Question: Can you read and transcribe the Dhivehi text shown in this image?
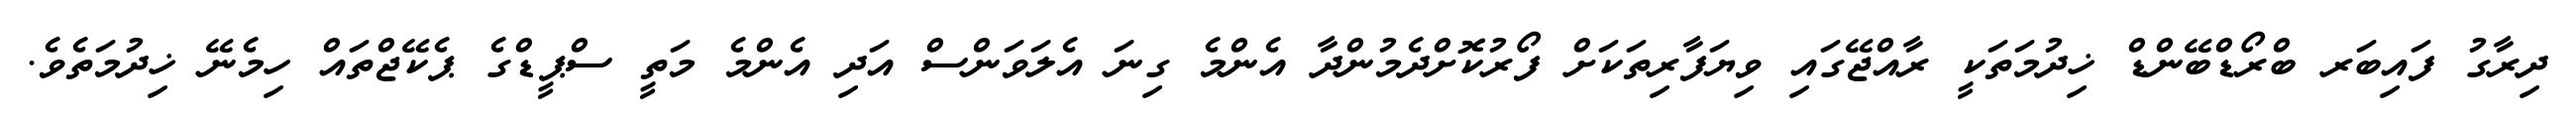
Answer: ދިރާގު ފައިބަރ ބްރޯޑްބޭންޑް ޚިދުމަތަކީ ރާއްޖޭގައި ވިޔަފާރިތަކަށް ފޯރުކޮށްދެމުންދާ އެންމެ ގިނަ އެލަވަންސް އަދި އެންމެ މަތީ ސްޕީޑްގެ ޕެކޭޖްތައް ހިމެނޭ ޚިދުމަތެވެ.